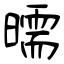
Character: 曘